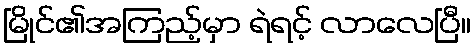
မြိုင်၏အကြည့်မှာ ရဲရင့် လာလေပြီ။